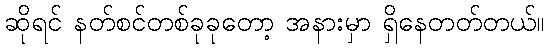
ဆိုရင် နတ်စင်တစ်ခုခုတော့ အနားမှာ ရှိနေတတ်တယ်။